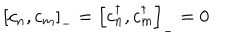
\left[ c _ { n } , c _ { m } \right] _ { - } = \left[ c _ { n } ^ { \dagger } , c _ { m } ^ { \dagger } \right] _ { - } = 0